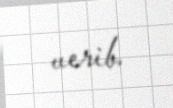
verib.